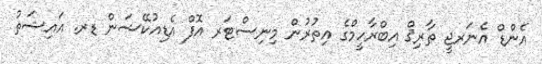
އެންޑް އެނަރޖީ ޠާރިޤް އިބްރާހީމްގެ އިތުރުން މިނިސްޓަރ އޮފް އެޑިއުކޭޝަން ޑރ. އައިޝަތު